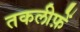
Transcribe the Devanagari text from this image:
तकलीफ़ें